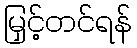
မြှင့်တင်ရန်